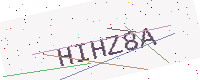
Text: HIHZ8A